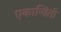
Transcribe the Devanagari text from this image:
एकान्विती